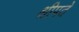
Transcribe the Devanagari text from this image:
श्रीपते